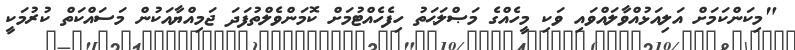
"މިކަންކަމަށް އަލިއަޅުއްވާލައްވައި ވަކި މީހެއްގެ މަޞްލަޙަތު ހިފެހެއްޓުމަށް ކޮމަންވެލްތުފަދަ ޖަމިއްޔާއަކުން މަސައްކަތް ކުރުމަކީ